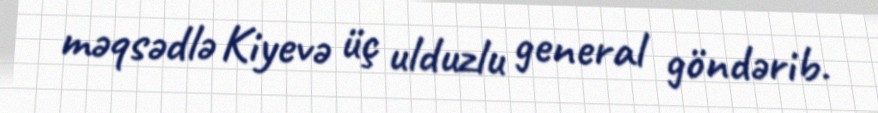
məqsədlə Kiyevə üç ulduzlu general göndərib.